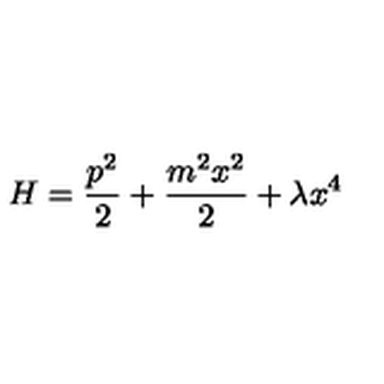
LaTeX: H = \frac { p ^ { 2 } } { 2 } + \frac { m ^ { 2 } x ^ { 2 } } { 2 } + \lambda x ^ { 4 }